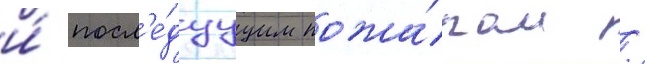
и́ посл'е́дуущим пожа́ром /